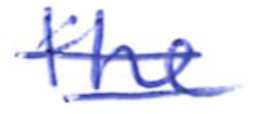
Text: the
Cross-out: double-line
Writing tool: ballpoint